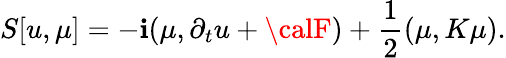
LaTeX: S[{u},{\mu}]=-\mathbf{i}({\mu},\partial_{t}{u}+{\calF})+\frac{{1}}{{2}}({\mu},K{\mu}).